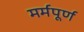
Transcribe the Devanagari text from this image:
मर्मपूर्ण